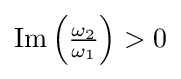
\operatorname {Im} \left({\tfrac {\omega _{2}}{\omega _{1}}}\right)>0